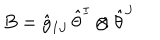
B = \hat { g } _ { I J } \, \hat { \theta } ^ { I } \otimes \hat { \theta } ^ { J }